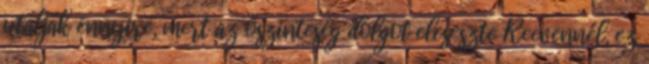
utálják ennyire, mert az őszinteség dolgot elcseszte Reevennél, ez